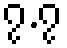
၇.၇